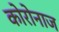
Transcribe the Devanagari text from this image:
कोरोनाज